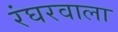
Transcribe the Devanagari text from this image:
रंघरवाला